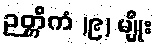
ဉတ္တိကံ (၉) မျိုး